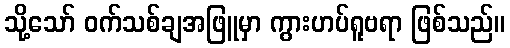
သို့သော် ဝက်သစ်ချအဖြူမှာ ကွားဟပ်ရူဗရာ ဖြစ်သည်။